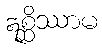
ဣစ္ဆိဿာမ